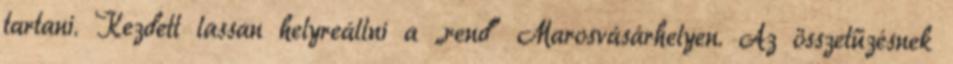
tartani. Kezdett lassan helyreállni a „rend” Marosvásárhelyen. Az összetűzésnek